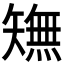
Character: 𱳥